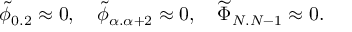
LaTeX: { \widetilde \phi } _ { 0 . 2 } \approx 0 , \quad { \widetilde \phi } _ { \alpha . \alpha + 2 } \approx 0 , \quad { \widetilde \Phi } _ { N . N - 1 } \approx 0 .